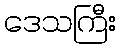
ဒေသကြီး